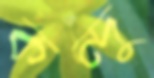
কন্দু